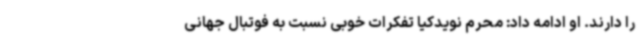
را دارند. او ادامه داد: محرم نویدکیا تفکرات خوبی نسبت به فوتبال جهانی